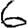
Digit: 6